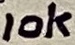
Text: 10k